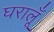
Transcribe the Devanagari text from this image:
घरालूँ